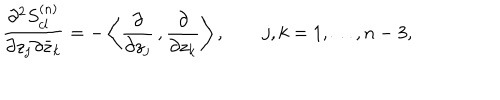
LaTeX: { \frac { \partial ^ { 2 } S _ { c l } ^ { ( n ) } } { \partial z _ { j } \partial { \bar { z } _ { k } } } } = - \left\langle { \frac { \partial } { \partial z _ { j } } } \, , { \frac { \partial } { \partial z _ { k } } } \right\rangle , \qquad j , k = 1 , \ldots , n - 3 ,